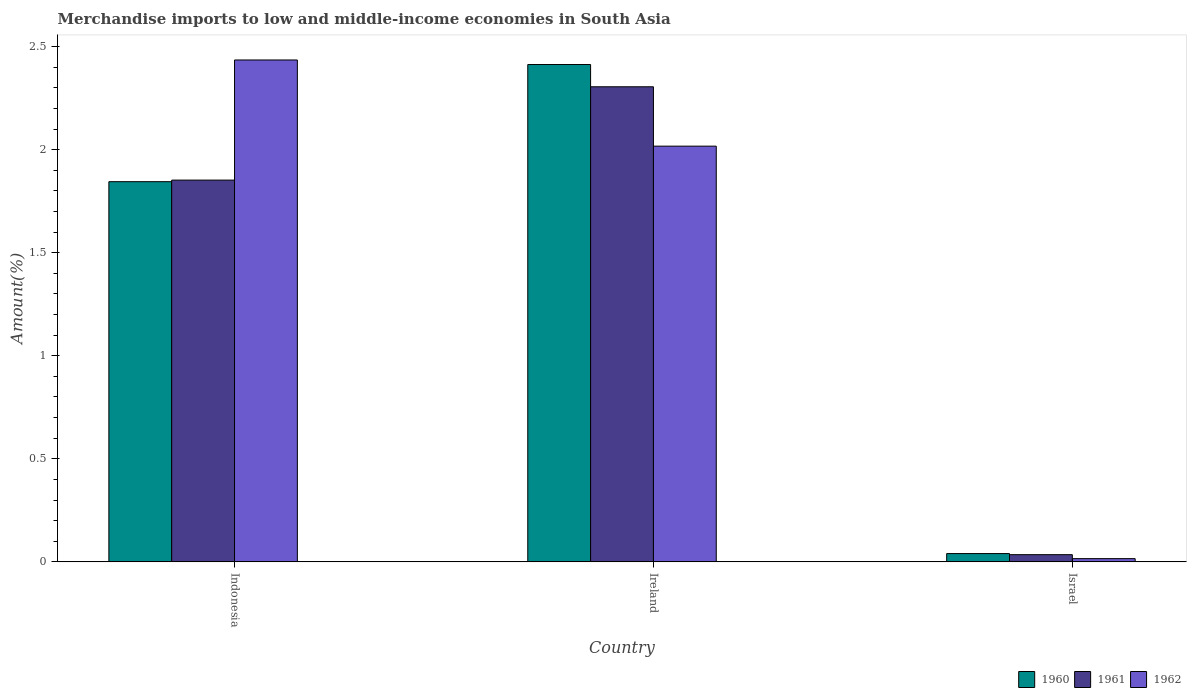
| Country | 1960 | 1961 | 1962 |
 | --- | --- | --- | --- |
 | Indonesia | 1.84 | 1.85 | 2.44 |
 | Ireland | 2.41 | 2.31 | 2.02 |
 | Israel | 0.0403 | 0.0349 | 0.0158 |